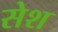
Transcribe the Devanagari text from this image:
सेश